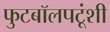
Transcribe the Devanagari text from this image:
फुटबॉलपटूंशी